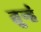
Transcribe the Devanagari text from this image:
तुन्हं